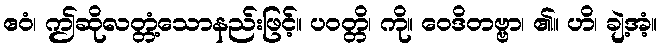
ဧဝံ၊ ဤဆိုလတ္တံ့သောနည်းဖြင့်။ ပဝတ္တိ၊ ကို။ ဝေဒိတဗ္ဗာ၊ ၏။ ဟိ၊ ချဲ့အံ့။